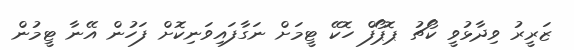
ޒަރީރު ވިދާޅުވީ ކޯޗު ޕޮޕޯފް ހޮކޭ ޓީމަށް ނަގާފައިވަނިކޮށް ފަހުން އޭނާ ޓީމުން